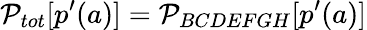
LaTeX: \mathcal{P}_{{tot}}[p^{\prime}(a)]=\mathcal{P}_{BCDEFGH}[p^{\prime}(a)]